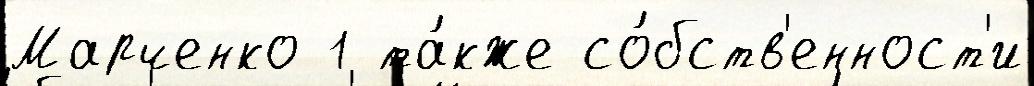
Марченко 1 та́кже со́бств'енност'и